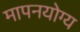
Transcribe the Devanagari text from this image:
मापनयोग्य